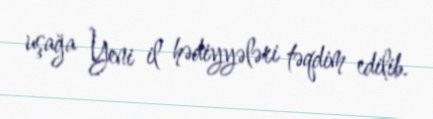
uşağa Yeni il hədiyyələri təqdim edilib.